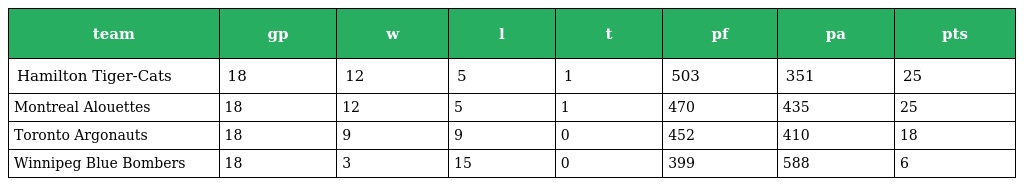
| team | gp | w | l | t | pf | pa | pts |
 | --- | --- | --- | --- | --- | --- | --- | --- |
 | Hamilton Tiger-Cats | 18 | 12 | 5 | 1 | 503 | 351 | 25 |
 | Montreal Alouettes | 18 | 12 | 5 | 1 | 470 | 435 | 25 |
 | Toronto Argonauts | 18 | 9 | 9 | 0 | 452 | 410 | 18 |
 | Winnipeg Blue Bombers | 18 | 3 | 15 | 0 | 399 | 588 | 6 |